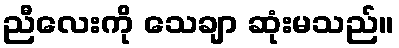
ညီလေးကို သေချာ ဆုံးမသည်။